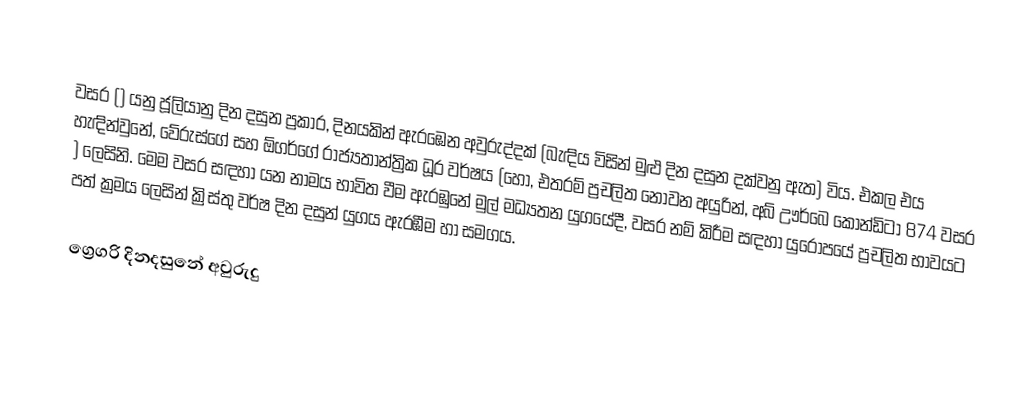

වසර   () යනු  ජූලියානු දින දසුන ප්‍රකාර,    දිනයකින් ඇරඹෙන  අවුරුද්දක්   (බැඳිය විසින් මුළු දින දසුන දක්වනු ඇත)  විය. එකල එය හැඳින්වුනේ, 	වේරුස්ගේ	 සහ 	ඕගර්ගේ	  රාජ්‍යතාන්ත්‍රික  ධූර වර්ෂය  (හෝ, එතරම් ප්‍රචලිත නොවන අයුරින්,  අබ් ඌර්බෙ කෝන්ඩිටා 	874	  වසර  ) ලෙසිනි. මෙම වසර සඳහා   යන නාමය භාවිත වීම ඇරඹුනේ මුල් මධ්‍යතන යුගයේදී, වසර නම් කිරීම සඳහා යුරෝපයේ ප්‍රචලිත භාවයට පත් ක්‍රමය ලෙසින් ක්‍රිස්තු වර්ෂ දින දසුන් යුගය ඇරඹීම හා සමගය.

ග්‍රෙගරි දිනදසුනේ අවුරුදු